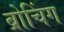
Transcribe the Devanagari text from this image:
ब्रोचिंग